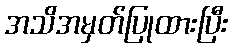
အသိအမှတ်ပြုထားပြီး